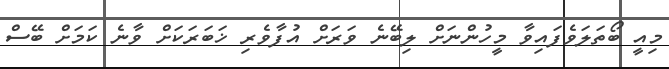
މިއީ ބޯތަލަވެފައިވާ މީހުންނަށް ލިބޭނެ ވަރަށް އުފާވެރި ޚަބަރަކަށް ވާނެ ކަމަށް ބޭސް